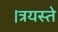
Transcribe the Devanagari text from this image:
।त्रयस्ते